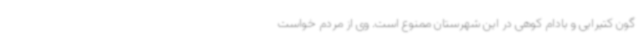
گون کتیرایی و بادام کوهی در این شهرستان ممنوع است. وی از مردم خواست